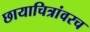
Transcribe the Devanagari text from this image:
छायाचित्रांवरच